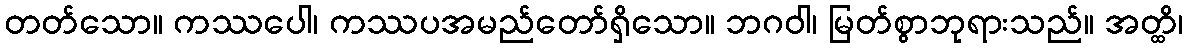
တတ်သော။ ကဿပေါ၊ ကဿပအမည်တော်ရှိသော။ ဘဂဝါ၊ မြတ်စွာဘုရားသည်။ အတ္ထိ၊